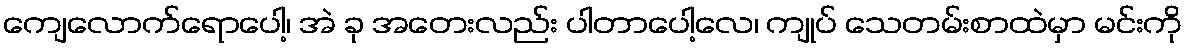
ကျေလောက်ရောပေါ့၊ အဲ ခု အတေးလည်း ပါတာပေါ့လေ၊ ကျုပ် သေတမ်းစာထဲမှာ မင်းကို